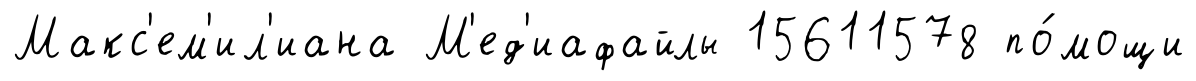
Макс'ем'ил'иана М'ед'иафайлы 15611578 по́мощи